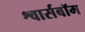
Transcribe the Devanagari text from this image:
श्वार्सबॉम